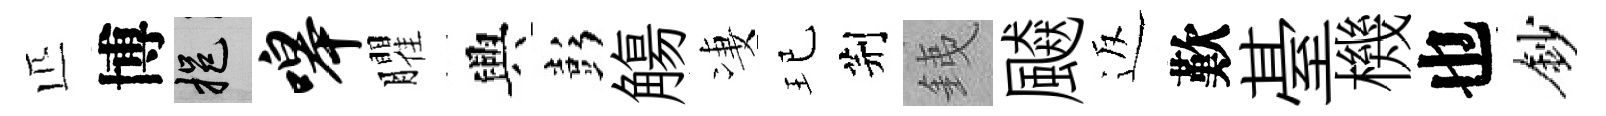
匹博挹嗥臞興彭觴凄玘荆銕飇返歎䑓機也鈔